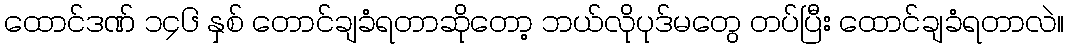
ထောင်ဒဏ် ၁၄၆ နှစ် တောင်ချခံရတာဆိုတော့ ဘယ်လိုပုဒ်မတွေ တပ်ပြီး ထောင်ချခံရတာလဲ။